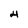
Character: 4